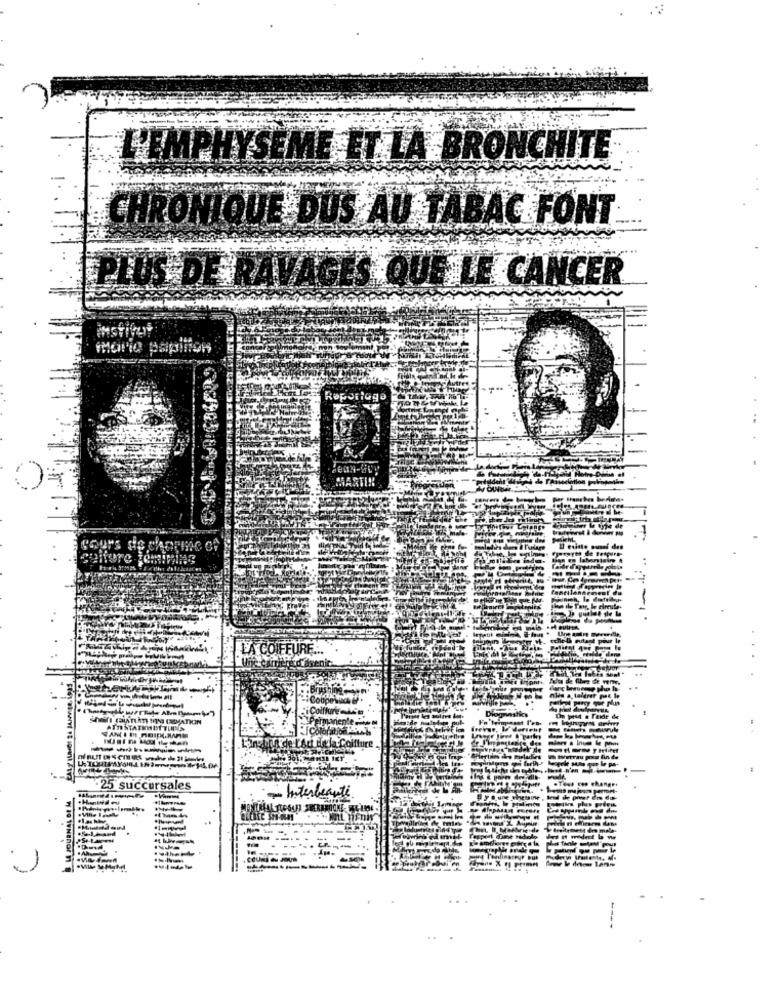
L'EMPHYSEME ET LA BRONCHITE
CHRONIQUE DUS AU TABAC FONT
PLUS DE RAVAGES QUE LE CANCER
maria papillon
Roporiego
CON-GUP
GARTH
ste
LA COIFFURE ...
ATO STATINETTUNO
Coiffure
25 succursales
Interbeante
W 10 1vNEhorn